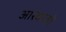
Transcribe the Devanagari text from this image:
आरकंजो